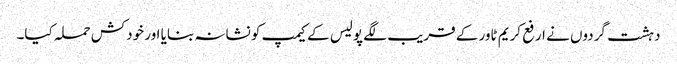
دہشت گردوں نے ارفع کریم ٹاور کے قریب لگے پولیس کے کیمپ کو نشانہ بنایا اور خودکش حملہ کیا۔